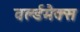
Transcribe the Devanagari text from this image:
वर्ल्डमैक्स